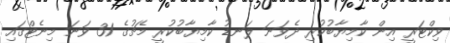
ވިކްޓަރީ އިން ކާމިޔާބުކުރި ދެވަނަ ލަނޑު ކާމިޔާބުކުރީ މެޗުގެ 31 ވަނަ މިނެޓްގައި